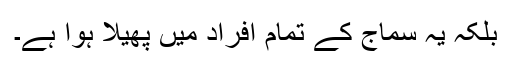
بلکہ یہ سماج کے تمام افراد میں پھیلا ہوا ہے۔